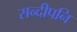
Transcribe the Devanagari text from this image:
सन्‍दीपनि